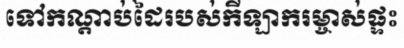
ទៅកណ្តាប់ដៃរបស់កីឡាករម្ចាស់ផ្ទះ